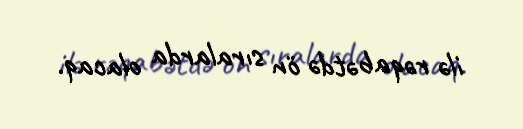
ilə rəqabətdə ön sıralarda olacaq.